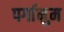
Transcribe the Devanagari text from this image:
पर्गामुम